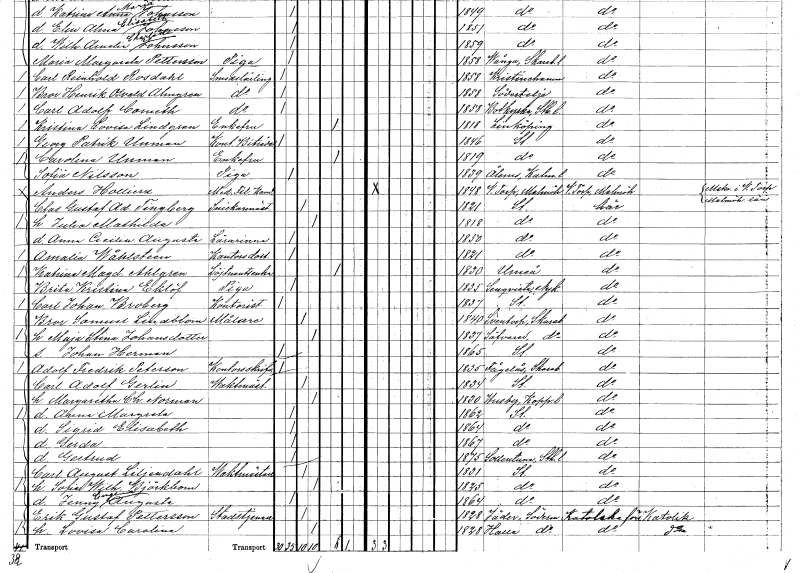
gt_parse: households: individuals: FN: Julia Mathilda
KON: K
CIV: G
FODAR: 1818
FODFORS: Stockholm
FN: Anna Cecilia Augusta
YRKE: Lärarinna
KON: K
CIV: O
FODAR: 1850
FODFORS: Stockholm
FN: Amalia
EN: Wåhlsteen
YRKE: Kantorsdotter
KON: K
CIV: O
FODAR: 1821
FODFORS: Stockholm
FN: Katrina Magdalena
EN: Ahlgren
YRKE: Löjtnantsänka
KON: K
CIV: E
FODAR: 1830
FODFORS: Umeå Västerbottens län
FN: Brita Kristina
EN: Eklöf
YRKE: Piga
KON: K
CIV: O
FODAR: 1835
FODFORS: Stenkvista Södermanlands län
FN: Carl Johan
EN: Broberg
YRKE: Kontorist
KON: M
CIV: O
FODAR: 1837
FODFORS: Stockholm
FN: Bror Samuel
EN: Lindblom
YRKE: Målare
KON: M
CIV: G
FODAR: 1840
FODFORS: Sventorp Skaraborgs län
FN: Maja Stina
EN: Johansdotter
KON: K
CIV: G
FODAR: 1837
FODFORS: Sävare Skaraborgs län
FN: Johan Herman
KON: M
CIV: O
FODAR: 1865
FODFORS: Stockholm
FN: Adolf Fredrik
EN: Peterson
YRKE: Kontorsskrivare
KON: M
CIV: O
FODAR: 1835
FODFORS: Fågelås Skaraborgs län
FN: Carl Adolf
EN: Gerlin
YRKE: Vaktmästare
KON: M
CIV: G
FODAR: 1834
FODFORS: Stockholm
FN: Margaretha Charlotta
EN: Norman
KON: K
CIV: G
FODAR: 1830
FODFORS: Husby Kopparbergs län
FN: Anna Margreta
KON: K
CIV: O
FODAR: 1862
FODFORS: Stockholm
FN: Sigrid Elisabeth
KON: K
CIV: O
FODAR: 1864
FODFORS: Stockholm
FN: Gerda
KON: K
CIV: O
FODAR: 1867
FODFORS: Stockholm
FN: Gertrud
KON: K
CIV: O
FODAR: 1875
FODFORS: Sollentuna Stockholms län
FN: Carl August
EN: Liljendahl
YRKE: Vaktmästare
KON: M
CIV: G
FODAR: 1831
FODFORS: Stockholm
FN: Sofia Wilhelmina
EN: Björkbom
KON: K
CIV: G
FODAR: 1825
FODFORS: Stockholm
FN: Jenny Eugenia Augusta
KON: K
CIV: O
FODAR: 1864
FODFORS: Stockholm
FN: Erik Gustaf
EN: Pettersson
YRKE: Statstjänare
KON: M
CIV: G
FODAR: 1828
FODFORS: Jäder Södermanlands län
FN: Lovisa Carolina
KON: K
CIV: G
FODAR: 1828
FODFORS: Halla Södermanlands län